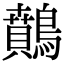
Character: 䴅